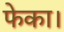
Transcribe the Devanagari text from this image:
फेका।